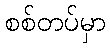
စစ်တပ်မှာ